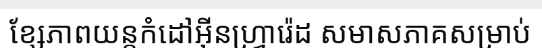
ខ្សែភាពយន្តកំដៅអ៊ីនហ្វ្រារ៉េដ សមាសភាគសម្រាប់